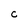
Character: C